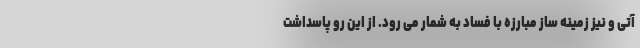
آتی و نیز زمینه ساز مبارزه با فساد به شمار می رود. از این رو پاسداشت